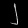
Digit: ၂